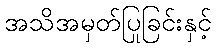
အသိအမှတ်ပြုခြင်းနှင့်